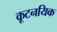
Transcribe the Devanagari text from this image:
कूटनयिक